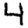
Digit: 4